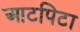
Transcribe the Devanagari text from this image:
आटपिटा